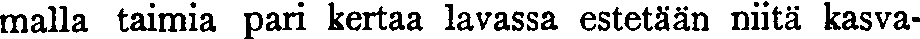
malla taimia pari kertaa lavassa estetään niitä kasva-